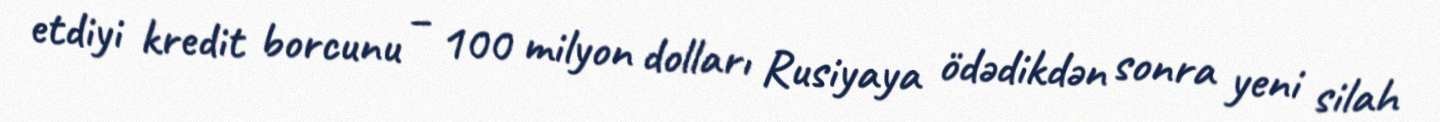
etdiyi kredit borcunu – 100 milyon dolları Rusiyaya ödədikdən sonra yeni silah